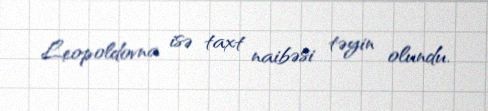
Leopoldovna isə taxt naibəsi təyin olundu.